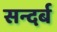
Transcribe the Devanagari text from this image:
सन्दर्ब